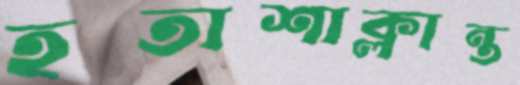
হতাশাক্লান্ত